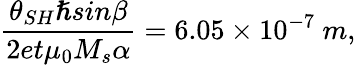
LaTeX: \frac{{\theta}_{{SH}}\hslash{sin}\beta}{2et{\mu}_{0}M_{s}\alpha}=6.05\times{10}^{-7}\ m,